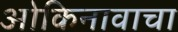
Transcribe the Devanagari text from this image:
ओकिनावाचा